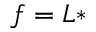
f = L *